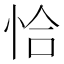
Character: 恰